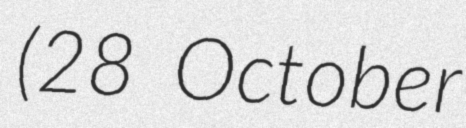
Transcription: (28 October